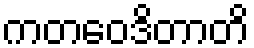
ကတဝေဒိတာတိ